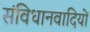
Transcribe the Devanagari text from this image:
संविधानवादियों